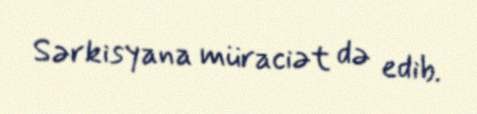
Sərkisyana müraciət də edib.